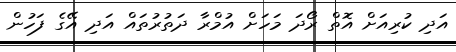
އަދި ކުރިއަށް އޮތް ރޯދަ މަހަށް އުމްރާ ދަތުރުތައް އަދި އޭގެ ފަހުން